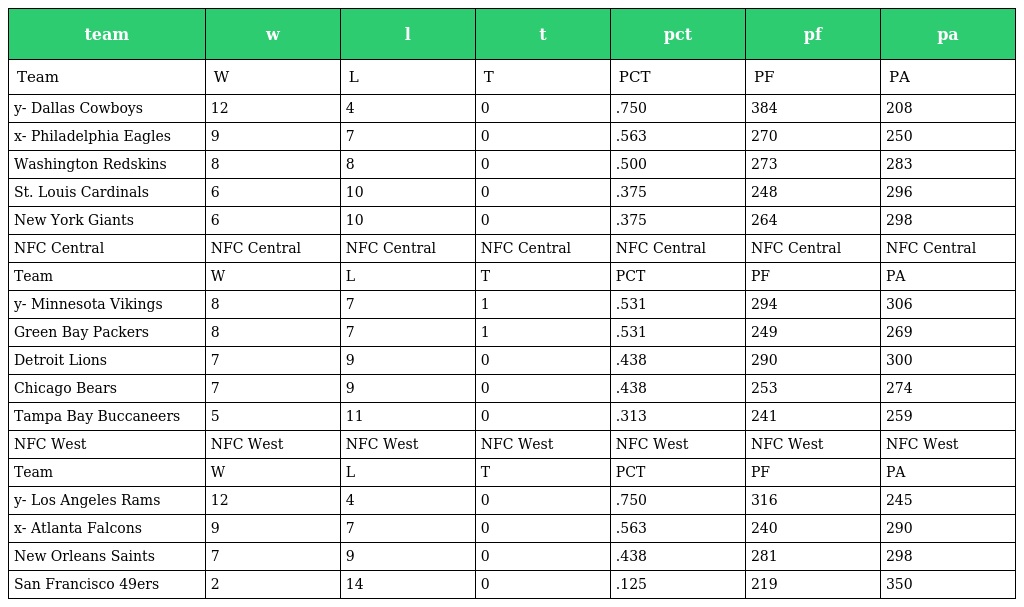
| team | w | l | t | pct | pf | pa |
 | --- | --- | --- | --- | --- | --- | --- |
 | Team | W | L | T | PCT | PF | PA |
 | y- Dallas Cowboys | 12 | 4 | 0 | .750 | 384 | 208 |
 | x- Philadelphia Eagles | 9 | 7 | 0 | .563 | 270 | 250 |
 | Washington Redskins | 8 | 8 | 0 | .500 | 273 | 283 |
 | St. Louis Cardinals | 6 | 10 | 0 | .375 | 248 | 296 |
 | New York Giants | 6 | 10 | 0 | .375 | 264 | 298 |
 | NFC Central | NFC Central | NFC Central | NFC Central | NFC Central | NFC Central | NFC Central |
 | Team | W | L | T | PCT | PF | PA |
 | y- Minnesota Vikings | 8 | 7 | 1 | .531 | 294 | 306 |
 | Green Bay Packers | 8 | 7 | 1 | .531 | 249 | 269 |
 | Detroit Lions | 7 | 9 | 0 | .438 | 290 | 300 |
 | Chicago Bears | 7 | 9 | 0 | .438 | 253 | 274 |
 | Tampa Bay Buccaneers | 5 | 11 | 0 | .313 | 241 | 259 |
 | NFC West | NFC West | NFC West | NFC West | NFC West | NFC West | NFC West |
 | Team | W | L | T | PCT | PF | PA |
 | y- Los Angeles Rams | 12 | 4 | 0 | .750 | 316 | 245 |
 | x- Atlanta Falcons | 9 | 7 | 0 | .563 | 240 | 290 |
 | New Orleans Saints | 7 | 9 | 0 | .438 | 281 | 298 |
 | San Francisco 49ers | 2 | 14 | 0 | .125 | 219 | 350 |